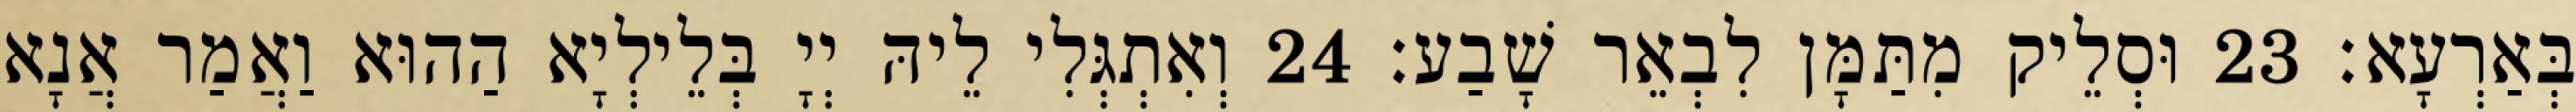
בְּאַרְעָא׃ 23 וּסְלֵיק מִתַּמָּן לִבְאֵר שָׁבַע׃ 24 וְאִתְגְּלִי לֵיהּ יְיָ בְּלֵילְיָא הַהוּא וַאֲמַר אֲנָא